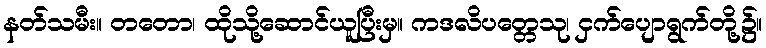
နတ်သမီး။ တတော၊ ထိုသို့ဆောင်ယူပြီးမှ။ ကဒလိပတ္တေသု၊ ငှက်ပျောရွက်တို့၌။